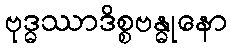
ဗုဒ္ဓဿာဒိစ္စဗန္ဓုနော